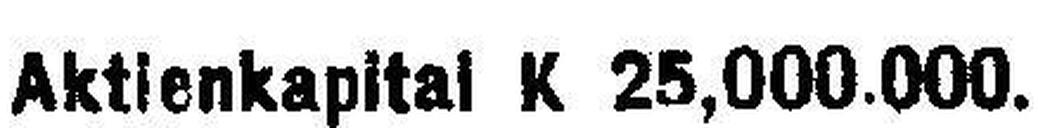
Aktienkapital K 25,000.000.